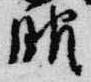
服